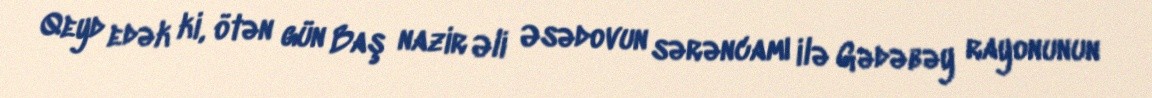
Qeyd edək ki, ötən gün Baş nazir Əli Əsədovun sərəncamı ilə Gədəbəy rayonunun